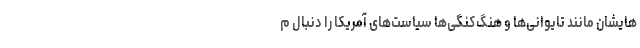
هایشان مانند تایوانی‌ها و هنگ‌کنگی‌ها سیاست‌های آمریکا را دنبال م